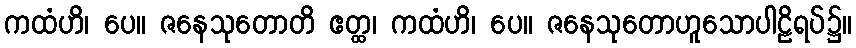
ကထံဟိ၊ ပေ။ ဇနေသုတောတိ ဧတ္ထ၊ ကထံဟိ၊ ပေ။ ဇနေသုတောဟူသောပါဠိရပ်၌။